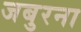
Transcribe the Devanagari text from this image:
जबुरना